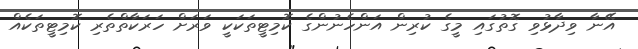
އޭނާ ވިދާޅުވި ގޮތުގައި މީގެ ކުރިން އަންހެނުންގެ ކޮމިޓީތަކަކީ ވަރަށް ހަރަކާތްތެރި ކޮމިޓީތަކެއް